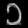
Digit: ၁